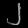
Digit: ၂